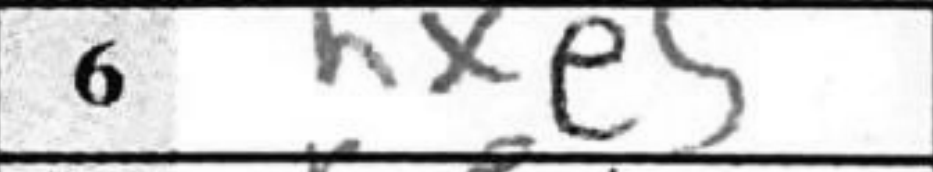
Transcription: hxe5